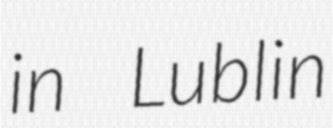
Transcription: in Lublin